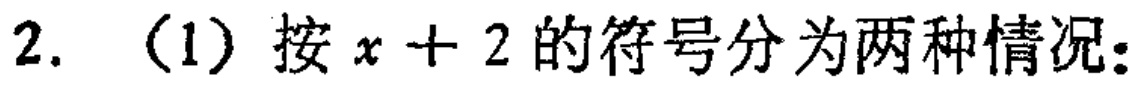
2. （1）按\(x + 2\)的符号分为两种情况：